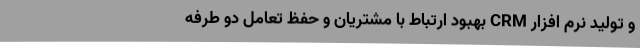
و تولید نرم افزار CRM بهبود ارتباط با مشتریان و حفظ تعامل دو طرفه